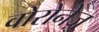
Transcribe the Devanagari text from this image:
वोरोनेज़